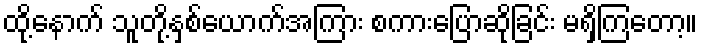
ထို့နောက် သူတို့နှစ်ယောက်အကြား စကားပြောဆိုခြင်း မရှိကြတော့။